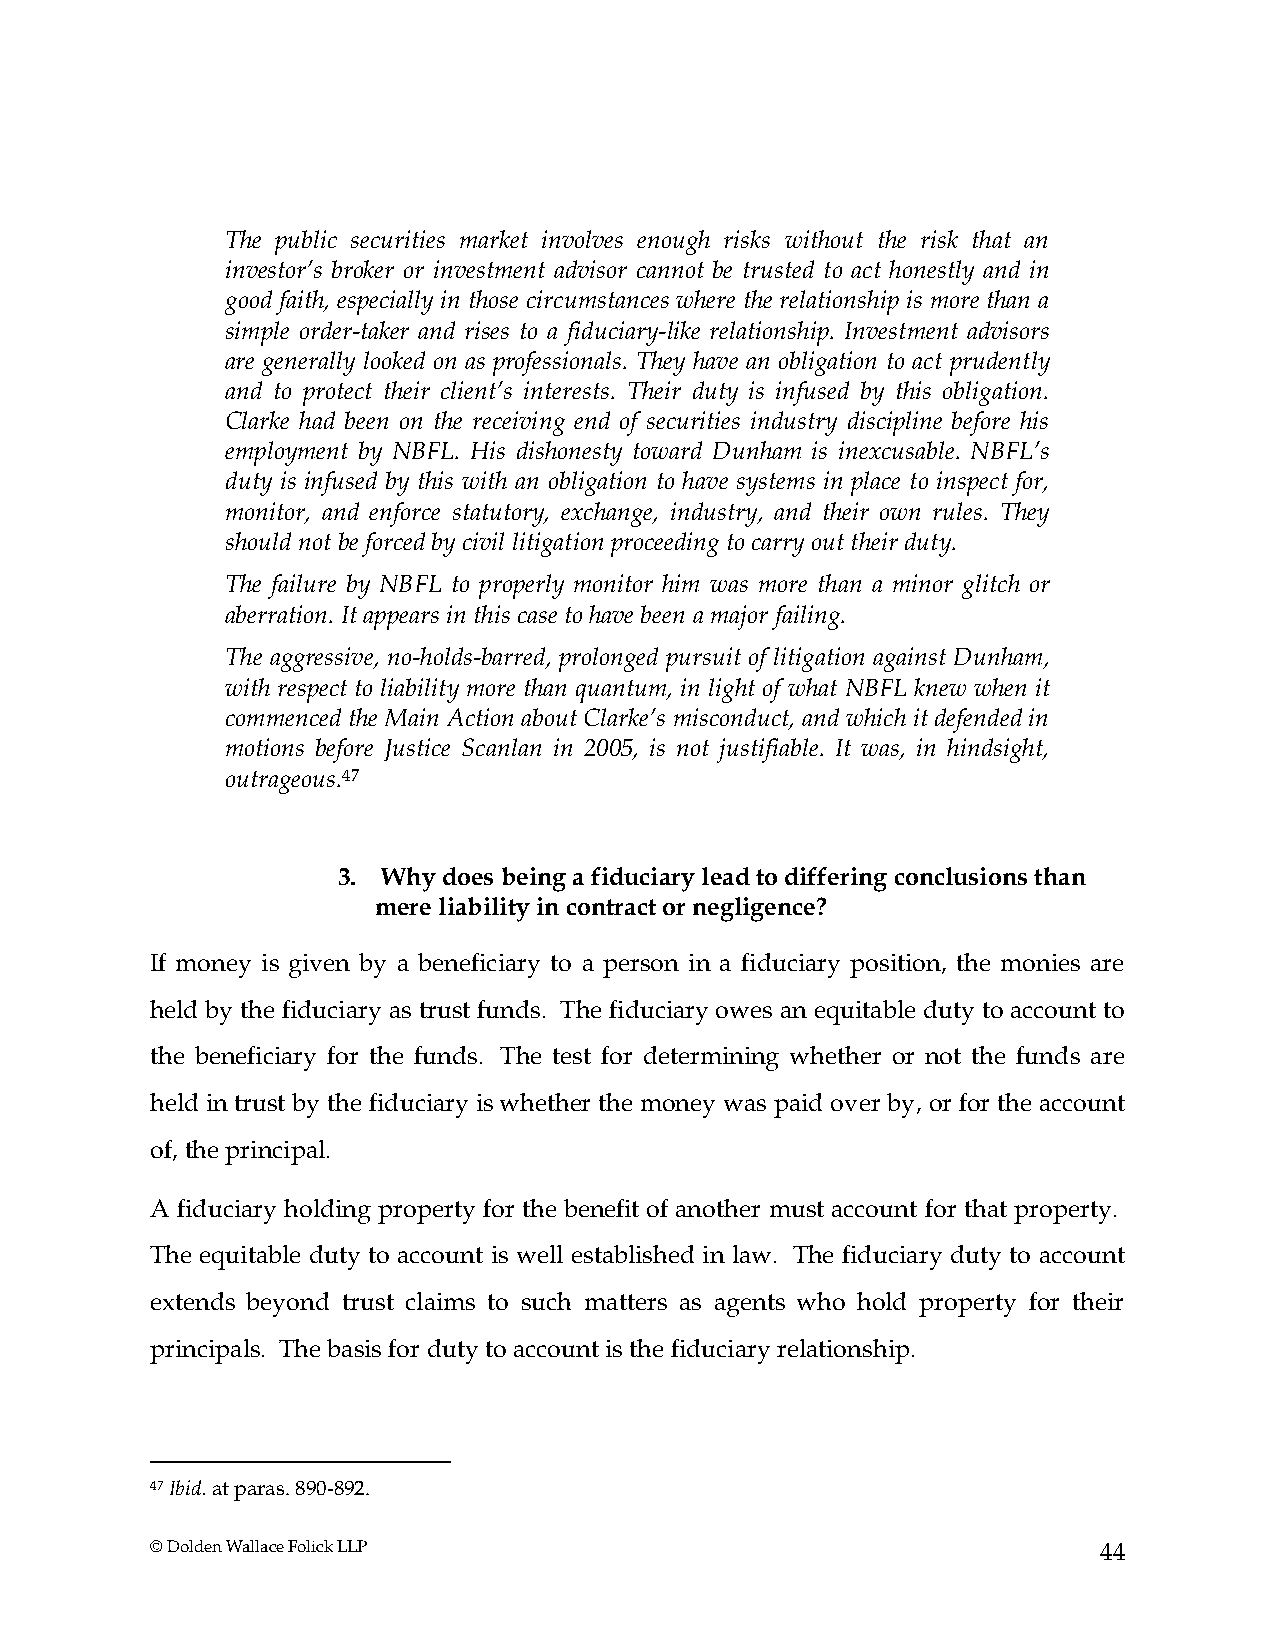
The public securities market involves enough risks without the risk that an
 investor’s broker or investment advisor cannot be trusted to act honestly and in
 good faith, especially in those circumstances where the relationship is more than a
 simple order-taker and rises to a fiduciary-like relationship. Investment advisors
 are generally looked on as professionals. They have an obligation to act prudently
 and to protect their client’s interests. Their duty is infused by this obligation.
 Clarke had been on the receiving end of securities industry discipline before his
 employment by NBFL. His dishonesty toward Dunham is inexcusable. NBFL’s
 duty is infused by this with an obligation to have systems in place to inspect for,
 monitor, and enforce statutory, exchange, industry, and their own rules. They
 should not be forced by civil litigation proceeding to carry out their duty.
 The failure by NBFL to properly monitor him was more than a minor glitch or
 aberration. It appears in this case to have been a major failing.
 The aggressive, no-holds-barred, prolonged pursuit of litigation against Dunham,
 with respect to liability more than quantum, in light of what NBFL knew when it
 commenced the Main Action about Clarke’s misconduct, and which it defended in
 motions before Justice Scanlan in 2005, is not justifiable. It was, in hindsight,
 outrageous.47
 3. Why does being a fiduciary lead to differing conclusions than
 mere liability in contract or negligence?
 If money is given by a beneficiary to a person in a fiduciary position, the monies are
 held by the fiduciary as trust funds. The fiduciary owes an equitable duty to account to
 the beneficiary for the funds. The test for determining whether or not the funds are
 held in trust by the fiduciary is whether the money was paid over by, or for the account
 of, the principal.
 A fiduciary holding property for the benefit of another must account for that property.
 The equitable duty to account is well established in law. The fiduciary duty to account
 extends beyond trust claims to such matters as agents who hold property for their
 principals. The basis for duty to account is the fiduciary relationship.
 47 Ibid. at paras. 890-892.
 © Dolden Wallace Folick LLP                                    44